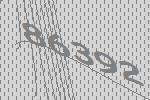
86392